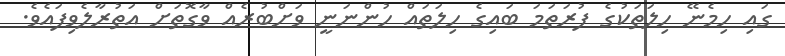
ގައި ހިމެނޭ ހިލަތަކުގެ ފުރަތަމަ ބައިގެ ހިލަތައް ހުންނަނީ ވަށްބުރެއް ވާގޮތަށް އަތުރާލެވިފައެވެ.